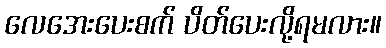
လေအေးပေးစက် ပိတ်ပေးလို့ရမလား။